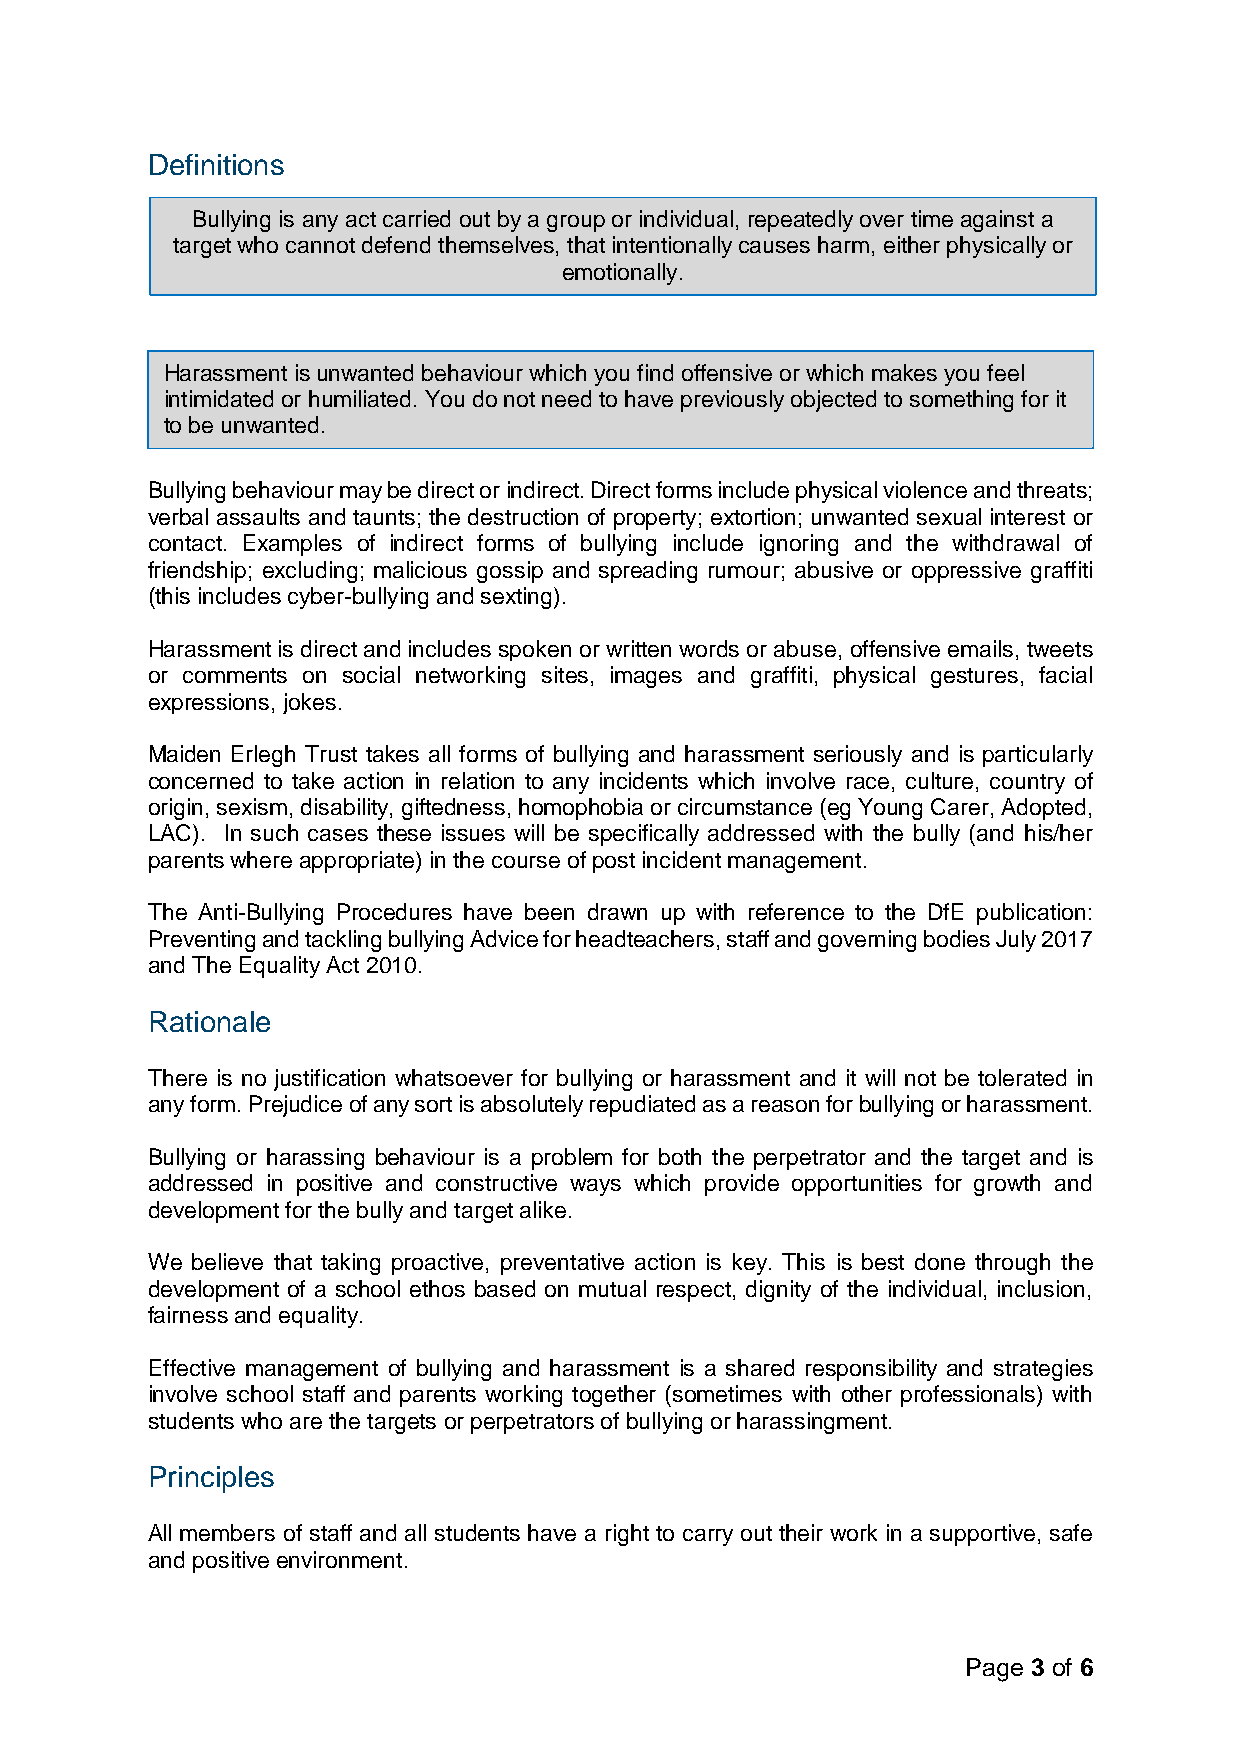
Definitions
 Bullying is any act carried out by a group or individual, repeatedly over time against a
 target who cannot defend themselves, that intentionally causes harm, either physically or
 emotionally.
 Harassment is unwanted behaviour which you find offensive or which makes you feel
 intimidated or humiliated. You do not need to have previously objected to something for it
 to be unwanted.
 Bullying behaviour may be direct or indirect. Direct forms include physical violence and threats;
 verbal assaults and taunts; the destruction of property; extortion; unwanted sexual interest or
 contact. Examples of indirect forms of bullying include ignoring and the withdrawal of
 friendship; excluding; malicious gossip and spreading rumour; abusive or oppressive graffiti
 (this includes cyber-bullying and sexting).
 Harassment is direct and includes spoken or written words or abuse, offensive emails, tweets
 or comments on social networking sites, images and graffiti, physical gestures, facial
 expressions, jokes.
 Maiden Erlegh Trust takes all forms of bullying and harassment seriously and is particularly
 concerned to take action in relation to any incidents which involve race, culture, country of
 origin, sexism, disability, giftedness, homophobia or circumstance (eg Young Carer, Adopted,
 LAC). In such cases these issues will be specifically addressed with the bully (and his/her
 parents where appropriate) in the course of post incident management.
 The Anti-Bullying Procedures have been drawn up with reference to the DfE publication:
 Preventing and tackling bullying Advice for headteachers, staff and governing bodies July 2017
 and The Equality Act 2010.
 Rationale
 There is no justification whatsoever for bullying or harassment and it will not be tolerated in
 any form. Prejudice of any sort is absolutely repudiated as a reason for bullying or harassment.
 Bullying or harassing behaviour is a problem for both the perpetrator and the target and is
 addressed in positive and constructive ways which provide opportunities for growth and
 development for the bully and target alike.
 We believe that taking proactive, preventative action is key. This is best done through the
 development of a school ethos based on mutual respect, dignity of the individual, inclusion,
 fairness and equality.
 Effective management of bullying and harassment is a shared responsibility and strategies
 involve school staff and parents working together (sometimes with other professionals) with
 students who are the targets or perpetrators of bullying or harassingment.
 Principles
 All members of staff and all students have a right to carry out their work in a supportive, safe
 and positive environment.
 Page 3 of 6